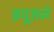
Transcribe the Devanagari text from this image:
झ्यूसने